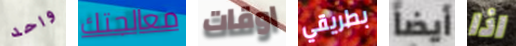
واحد معالجتك اوقات بطريقي أيضاً اذا